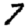
Digit: 7